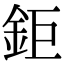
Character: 鉅